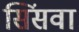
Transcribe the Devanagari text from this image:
सिंसवा